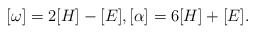
\begin{align*}[\omega] = 2[H]-[E], [\alpha] = 6[H]+[E].\end{align*}